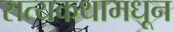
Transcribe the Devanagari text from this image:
सत्यकथामधून